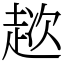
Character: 趑